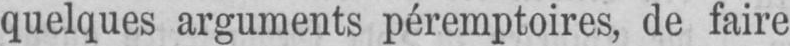
quelques arguments péremptoires, de faire